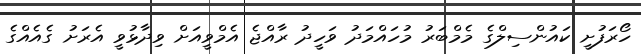
ހޯރަފުށީ ކައުންސިލްގެ މެމްބަރު މުހައްމަދު ވަހީދު ރާއްޖެ އެމްވީއަށް ވިދާޅުވީ އެރަށު ގެއެއްގެ